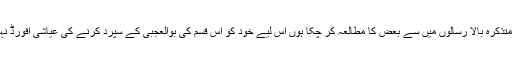
میں چونکہ متذکرہ بالا رسالوں میں سے بعض کا مطالعہ کر چکا ہوں اس لیے خود کو اس قسم کی بوالعجبی کے سپرد کرنے کی عیاشی افورڈ نہیں کر سکتا۔